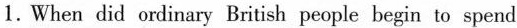
1.Wher did ordinary British people begin to spend